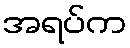
အရပ်က